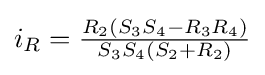
i_{R}={\tfrac {R_{2}(S_{3}S_{4}-R_{3}R_{4})}{S_{3}S_{4}(S_{2}+R_{2})}}